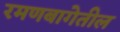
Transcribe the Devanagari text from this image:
रमणबागेतील